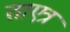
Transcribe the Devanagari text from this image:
ताएत्र